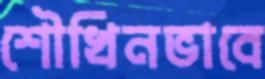
শৌখিনভাবে